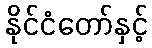
နိုင်ငံတော်နှင့်